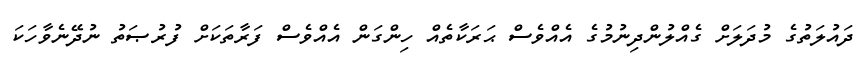
ދައުލަތުގެ މުދަލަށް ގެއްލުންދިނުމުގެ އެއްވެސް ޙަރަކާތެއް ހިންގަން އެއްވެސް ފަރާތަކަށް ފުރުޞަތު ނުދޭނެވާހަކަ